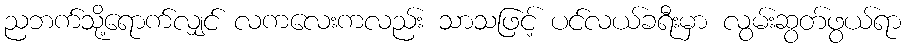
ညဘက်သို့ရောက်လျှင် လကလေးကလည်း သာသဖြင့် ပင်လယ်ခရီးမှာ လွမ်းဆွတ်ဖွယ်ရာ